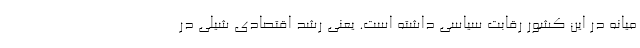
میانه در این کشور رقابت سیاسی داشته است. یعنی رشد اقتصادی شیلی در